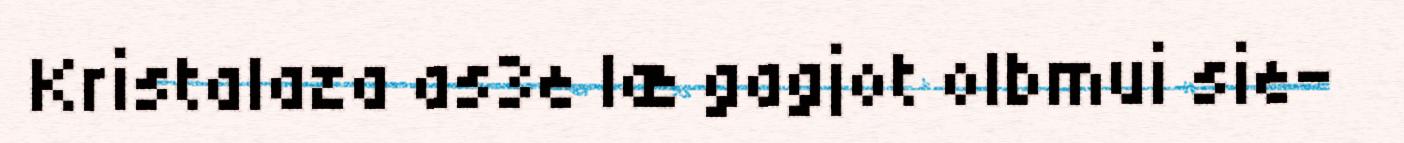
Kristalaza as3e læ gagjot olbmui sie-